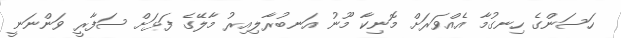
ހަސަންގެ ހިނގުމާ އެއްވަރަށް މޮނިކާ މޫނު އަނބުރާލިއިރު މާލޭގެ ފަޅަށް ސަފާރީ ވަންނަނީ